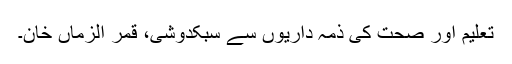
تعلیم اور صحت کی ذمہ داریوں سے سبکدوشی، قمر الزماں خان۔